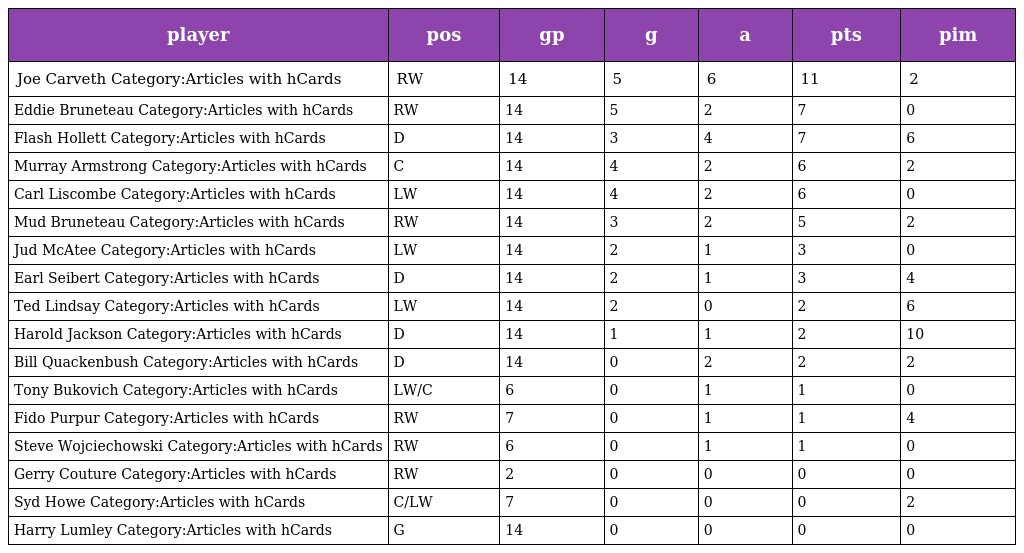
| player | pos | gp | g | a | pts | pim |
 | --- | --- | --- | --- | --- | --- | --- |
 | Joe Carveth Category:Articles with hCards | RW | 14 | 5 | 6 | 11 | 2 |
 | Eddie Bruneteau Category:Articles with hCards | RW | 14 | 5 | 2 | 7 | 0 |
 | Flash Hollett Category:Articles with hCards | D | 14 | 3 | 4 | 7 | 6 |
 | Murray Armstrong Category:Articles with hCards | C | 14 | 4 | 2 | 6 | 2 |
 | Carl Liscombe Category:Articles with hCards | LW | 14 | 4 | 2 | 6 | 0 |
 | Mud Bruneteau Category:Articles with hCards | RW | 14 | 3 | 2 | 5 | 2 |
 | Jud McAtee Category:Articles with hCards | LW | 14 | 2 | 1 | 3 | 0 |
 | Earl Seibert Category:Articles with hCards | D | 14 | 2 | 1 | 3 | 4 |
 | Ted Lindsay Category:Articles with hCards | LW | 14 | 2 | 0 | 2 | 6 |
 | Harold Jackson Category:Articles with hCards | D | 14 | 1 | 1 | 2 | 10 |
 | Bill Quackenbush Category:Articles with hCards | D | 14 | 0 | 2 | 2 | 2 |
 | Tony Bukovich Category:Articles with hCards | LW/C | 6 | 0 | 1 | 1 | 0 |
 | Fido Purpur Category:Articles with hCards | RW | 7 | 0 | 1 | 1 | 4 |
 | Steve Wojciechowski Category:Articles with hCards | RW | 6 | 0 | 1 | 1 | 0 |
 | Gerry Couture Category:Articles with hCards | RW | 2 | 0 | 0 | 0 | 0 |
 | Syd Howe Category:Articles with hCards | C/LW | 7 | 0 | 0 | 0 | 2 |
 | Harry Lumley Category:Articles with hCards | G | 14 | 0 | 0 | 0 | 0 |